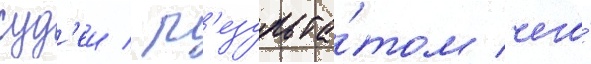
суд'еи / р'езульта́том чего́